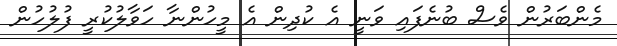
މެންބަރުން ވެސް ބުނެފައި ވަނީ އެ ކުދިން އެ މީހުންނާ ހަވާލުކުރީ ފުލުހުން